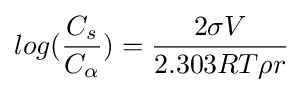
log({\frac {C_{s}}{C_{\alpha }}})={\frac {2\sigma V}{2.303RT\rho r}}